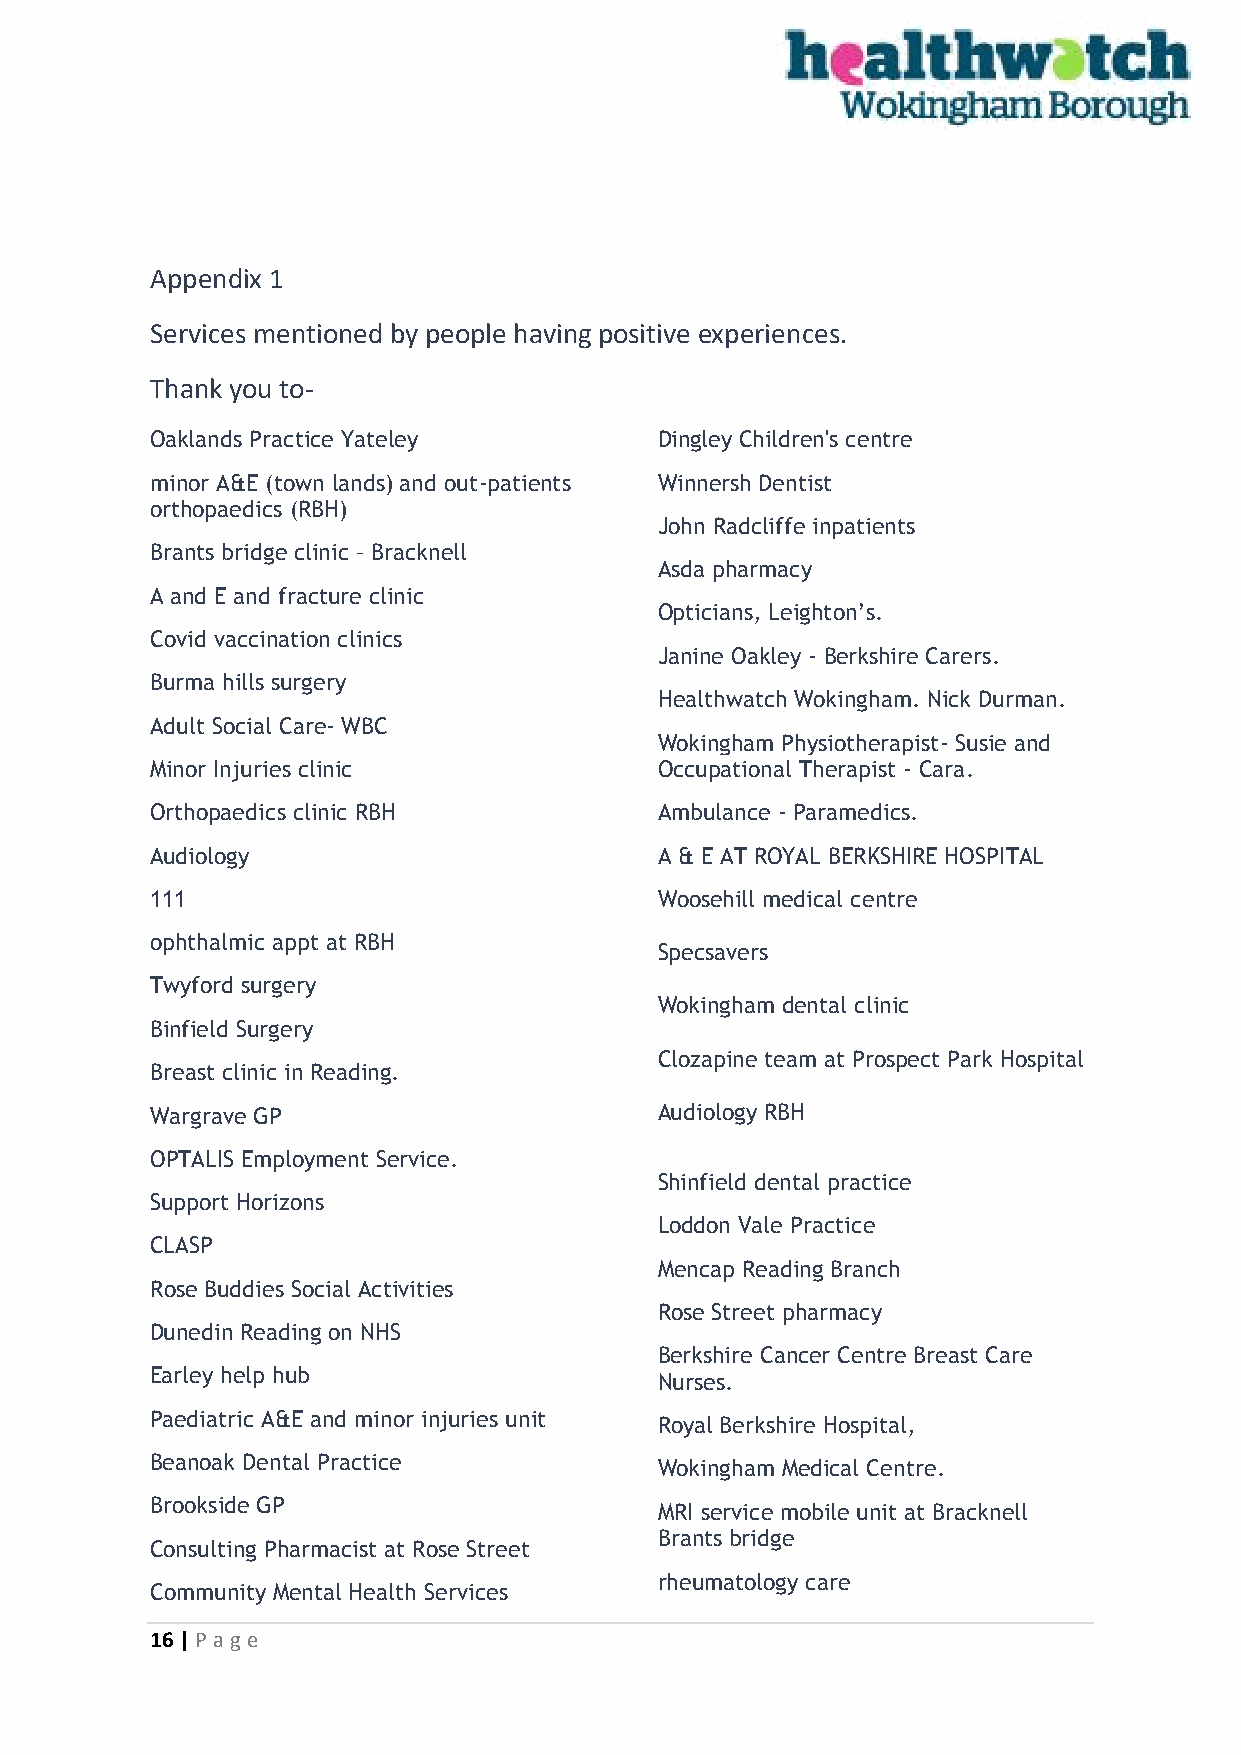
Appendix 1
 Services mentioned by people having positive experiences.
 Thank you to-
 Oaklands Practice Yateley         Dingley Children's centre
 minor A&E (town lands) and out-patients Winnersh Dentist
 orthopaedics (RBH)
 John Radcliffe inpatients
 Brants bridge clinic – Bracknell
 Asda pharmacy
 A and E and fracture clinic
 Opticians, Leighton’s.
 Covid vaccination clinics
 Janine Oakley - Berkshire Carers.
 Burma hills surgery
 Healthwatch Wokingham. Nick Durman.
 Adult Social Care- WBC
 Wokingham Physiotherapist- Susie and
 Minor Injuries clinic             Occupational Therapist - Cara.
 Orthopaedics clinic RBH           Ambulance - Paramedics.
 Audiology                         A & E AT ROYAL BERKSHIRE HOSPITAL
 111                               Woosehill medical centre
 ophthalmic appt at RBH
 Specsavers
 Twyford surgery
 Wokingham dental clinic
 Binfield Surgery
 Clozapine team at Prospect Park Hospital
 Breast clinic in Reading.
 Wargrave GP                       Audiology RBH
 OPTALIS Employment Service.
 Shinfield dental practice
 Support Horizons
 Loddon Vale Practice
 CLASP
 Mencap Reading Branch
 Rose Buddies Social Activities
 Rose Street pharmacy
 Dunedin Reading on NHS
 Berkshire Cancer Centre Breast Care
 Earley help hub
 Nurses.
 Paediatric A&E and minor injuries unit Royal Berkshire Hospital,
 Beanoak Dental Practice           Wokingham Medical Centre.
 Brookside GP                      MRI service mobile unit at Bracknell
 Brants bridge
 Consulting Pharmacist at Rose Street
 rheumatology care
 Community Mental Health Services
 16 | P age